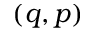
( q , p )